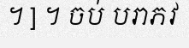
។ ] ។ ចប់ បរាភវ